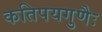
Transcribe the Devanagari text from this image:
कतिपयगुणैः